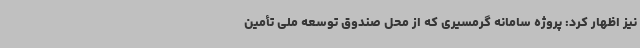
نیز اظهار کرد: پروژه سامانه گرمسیری که از محل صندوق توسعه ملی تأمین